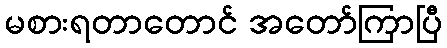
မစားရတာတောင် အတော်ကြာပြီ